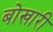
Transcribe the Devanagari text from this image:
बोखारी